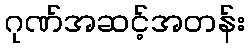
ဂုဏ်အဆင့်အတန်း